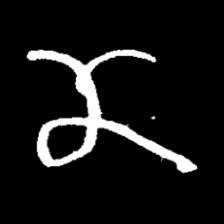
Pyu character \u2014 Myanmar letter: ဏ (romanized: nna)